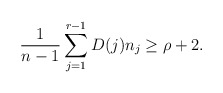
\begin{align*} \frac{1}{n-1}\sum_{j=1}^{r-1}D(j)n_j \ge \rho + 2. \end{align*}